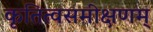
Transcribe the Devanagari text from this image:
कृतित्वसमीक्षणम्